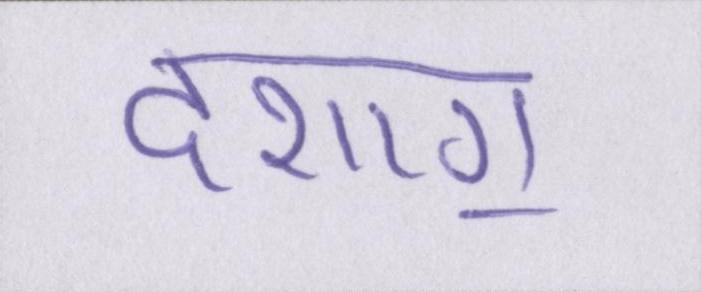
दशाॻ